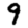
Digit: 9